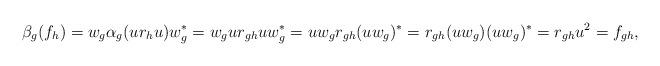
LaTeX: \begin{align*}\beta_g(f_h)=w_g\alpha_g(ur_hu)w_g^*=w_gur_{gh}uw_g^*=uw_gr_{gh}(uw_g)^*=r_{gh}(uw_g)(uw_g)^*=r_{gh}u^2=f_{gh},\end{align*}